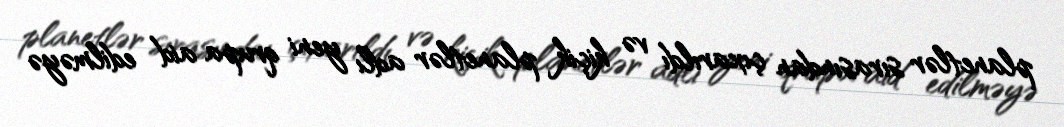
planetlər sırasından çıxarıldı və kiçik planetlər adlı yeni qrupa aid edilməyə